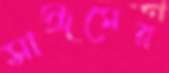
সাঈমের